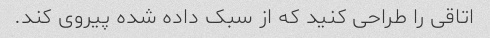
اتاقی را طراحی کنید که از سبک داده شده پیروی کند.